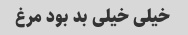
خیلی خیلی بد بود مرغ